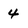
Character: 4